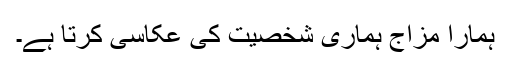
ہمارا مزاج ہماری شخصیت کی عکاسی کرتا ہے۔